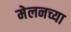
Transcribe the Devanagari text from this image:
मेलनच्या